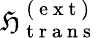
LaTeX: \mathfrak{H}_{\mathrm{{~t~r~a~n~s~}}}^{\mathrm{{~(~e~x~t~)~}}}